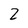
Character: 2